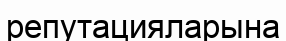
репутацияларына